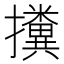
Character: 𢹔